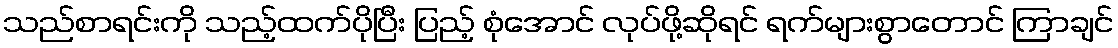
သည်စာရင်းကို သည့်ထက်ပိုပြီး ပြည့် စုံအောင် လုပ်ဖို့ဆိုရင် ရက်များစွာတောင် ကြာချင်